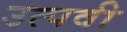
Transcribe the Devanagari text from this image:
उत्पवी